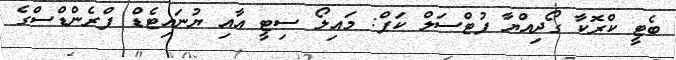
ބެޓީ ކްރޮކާ ގޯދިއްޔާ ފުޓްސަލް ކަޕް: މައިލޯ ސިޓީ އާއި ޔުނައިޓެޑް ފްރެންޑްސްގެ